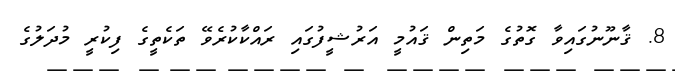
8. ޤާނޫނުގައިވާ ގޮތުގެ މަތިން ޤައުމީ އަރުޝީފުގައި ރައްކާކުރެވޭ ތަކެތީގެ ފިކުރީ މުދަލުގެ